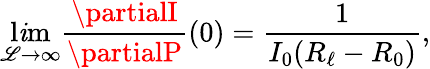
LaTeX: \operatorname*{l\mathit{i}m}_{\mathscr{{L}}\to\infty}\frac{{\partialI}}{{\partialP}}(0)=\frac{{1}}{{I_{0}(R_{\ell}-R_{0})}},